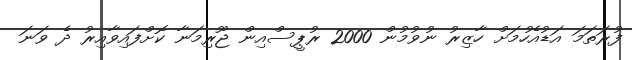
ފުރަތަމަ އަޑުއެހުމަށް ހާޒިރު ނުވުމުން 2000 ރުޕީސްއިން ޖޫރިމަނާ ކޮށްފައިވާއިރު ދެ ވަނަ